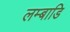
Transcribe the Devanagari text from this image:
लम्बाडि